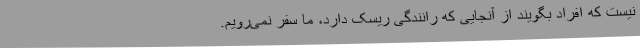
نیست که افراد بگویند از آنجایی که رانندگی ریسک دارد، ما سفر نمی‌رویم.